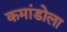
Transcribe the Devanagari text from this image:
कमांडोला